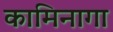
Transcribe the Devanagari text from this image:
कामिनागा